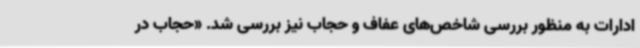
ادارات به منظور بررسی شاخص‌های عفاف و حجاب نیز بررسی شد. «حجاب در